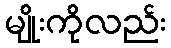
မျိုးကိုလည်း